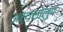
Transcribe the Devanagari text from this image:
अर्थलोलुप